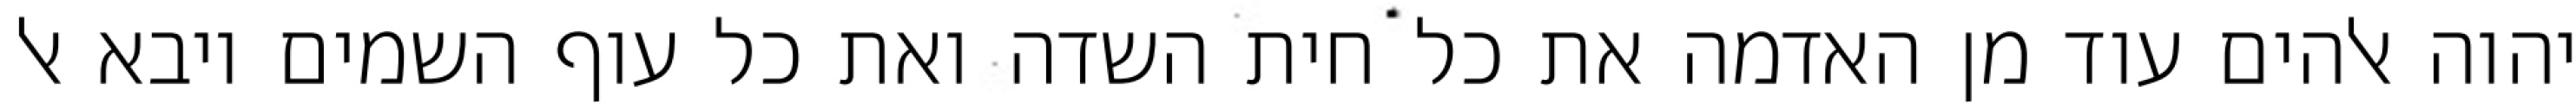
יהוה אלהים עוד מן האדמה את כל חית השדה ואת כל עוף השמים ויבא אל